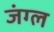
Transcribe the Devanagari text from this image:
जंग्ल